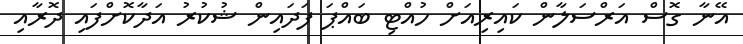
އޭނާ ގޮސް އަރްސަލާން ކައިރިއަށް ހުއްޓި ބައްޕަ ފަދައިން ޝުކުރު އަދާކޮށްފައި ދޮރާއި